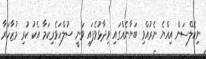
ނިކޮލްސަން އިއްޔެ ނެރުއްވި ބަޔާނެއްގައި ވިދާޅުވެފައި ވަނީ ސުލްހަވެރިކަމާ އެކު ކުރި މުޒާހަރާ